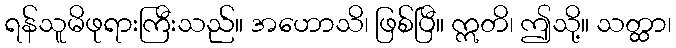
ရန်သူမိဖုရားကြီးသည်။ အဟောသိ၊ ဖြစ်ပြီ။ ဣတိ၊ ဤသို့။ သတ္ထာ၊